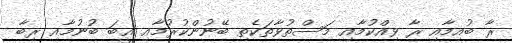
ރާ ބުއިމާއި ރާ ވިއްކުމާއި މަސްތުވާތަކެތި ބޭނުންކުރުމާއި ޣީބަ ބުނުމާއި ރިބާ